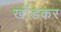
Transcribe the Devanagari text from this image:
खोंडकर